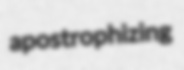
apostrophizing